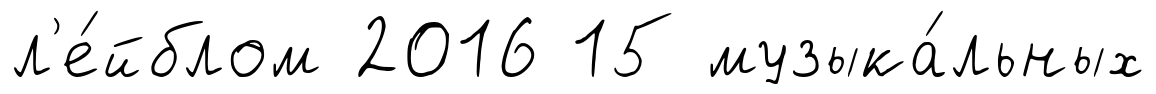
л'е́йблом 2016 15 музыка́льных